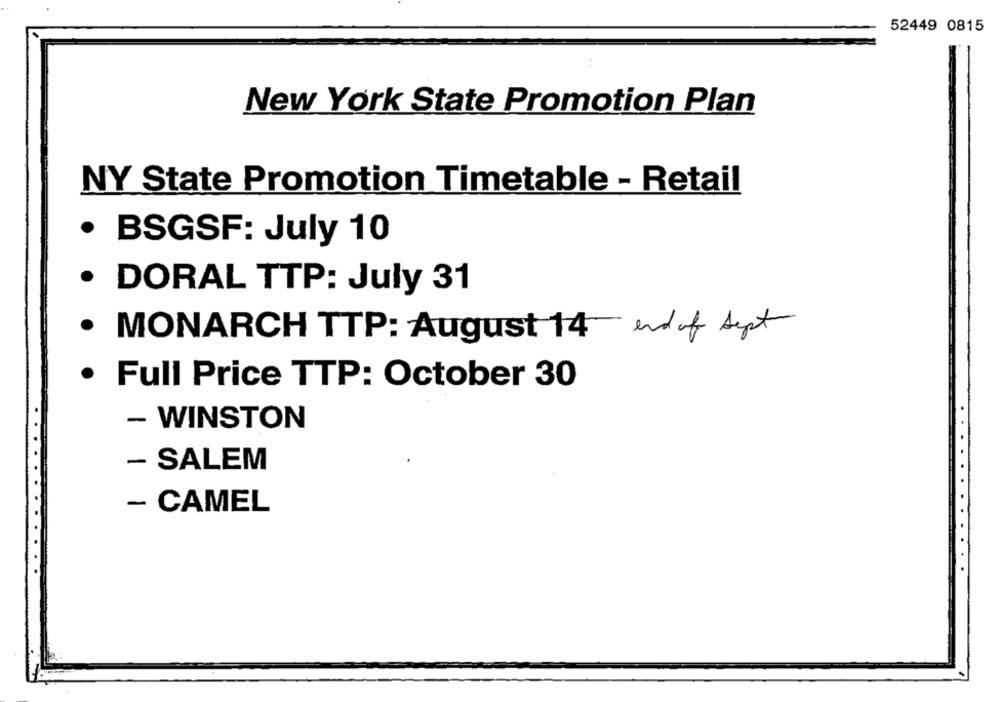
52449 0815
New York State Promotion Plan
NY State Promotion Timetable - Retail
· BSGSF: July 10
· DORAL TTP: July 31
· MONARCH TTP: August 14 end of Set
.
Full Price TTP: October 30
- WINSTON
- SALEM
- CAMEL